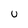
Character: u